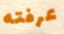
عرفته